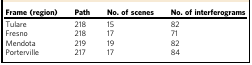
<table><thead><tr><td><b>Frame (region)</b></td><td><b>Path</b></td><td><b>No. of scenes</b></td><td><b>No. of interferograms</b></td></tr></thead><tbody><tr><td>Tulare</td><td>218</td><td>15</td><td>82</td></tr><tr><td>Fresno</td><td>218</td><td>17</td><td>71</td></tr><tr><td>Mendota</td><td>219</td><td>19</td><td>82</td></tr><tr><td>Porterville</td><td>217</td><td>17</td><td>84</td></tr></tbody></table>